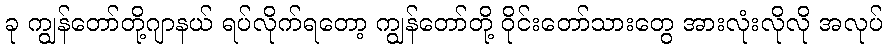
ခု ကျွန်တော်တို့ဂျာနယ် ရပ်လိုက်ရတော့ ကျွန်တော်တို့ ဝိုင်းတော်သားတွေ အားလုံးလိုလို အလုပ်